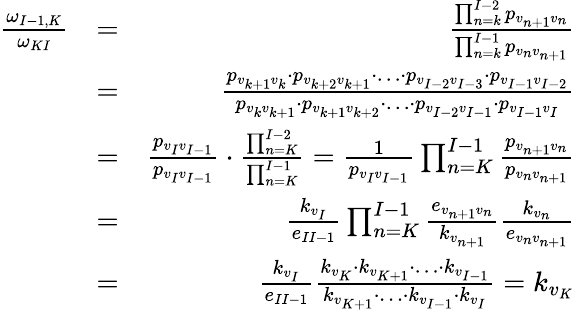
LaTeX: \begin{array}{rlr}{{\frac{\omega_{I-1,K}}{\omega_{KI}}}}&{=}&{\frac{\prod_{n=k}^{I-2}p_{v_{n+1}v_{n}}}{\prod_{n=k}^{I-1}p_{v_{n}v_{n+1}}}}\\ &{=}&{\frac{p_{v_{k+1}v_{k}}\cdot p_{v_{k+2}v_{k+1}}\cdot\ldots\cdot p_{v_{I-2}v_{I-3}}\cdot p_{v_{I-1}v_{I-2}}}{p_{v_{k}v_{k+1}}\cdot p_{v_{k+1}v_{k+2}}\cdot\ldots\cdot p_{v_{I-2}v_{I-1}}\cdot p_{v_{I-1}v_{I}}}}\\ &{=}&{\frac{p_{v_{I}v_{I-1}}}{p_{v_{I}v_{I-1}}}\cdot\frac{\prod_{n=K}^{I-2}}{\prod_{n=K}^{I-1}}=\frac{1}{p_{v_{I}v_{I-1}}}\prod_{n=K}^{I-1}\frac{p_{v_{n+1}v_{n}}}{p_{v_{n}v_{n+1}}}}\\ &{=}&{\frac{k_{v_{I}}}{e_{II-1}}\prod_{n=K}^{I-1}\frac{e_{v_{n+1}v_{n}}}{k_{v_{n+1}}}\frac{k_{v_{n}}}{e_{v_{n}v_{n+1}}}}\\ &{=}&{\frac{k_{v_{I}}}{e_{II-1}}\frac{k_{v_{K}}\cdot k_{v_{K+1}}\cdot\ldots\cdot k_{v_{I-1}}}{k_{v_{K+1}}\cdot\ldots\cdot k_{v_{I-1}}\cdot k_{v_{I}}}=k_{v_{K}}}\end{array}